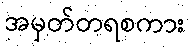
အမှတ်တရစကား